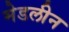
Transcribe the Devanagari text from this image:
मेडलीन